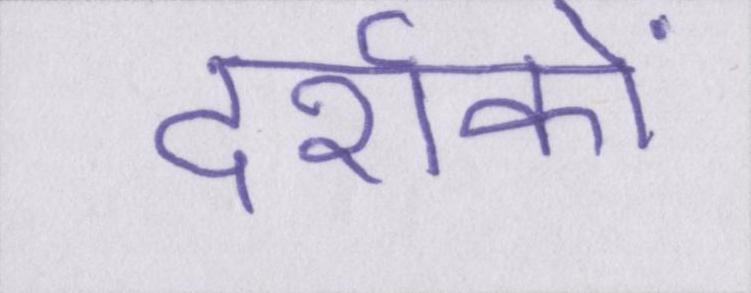
दर्शकों